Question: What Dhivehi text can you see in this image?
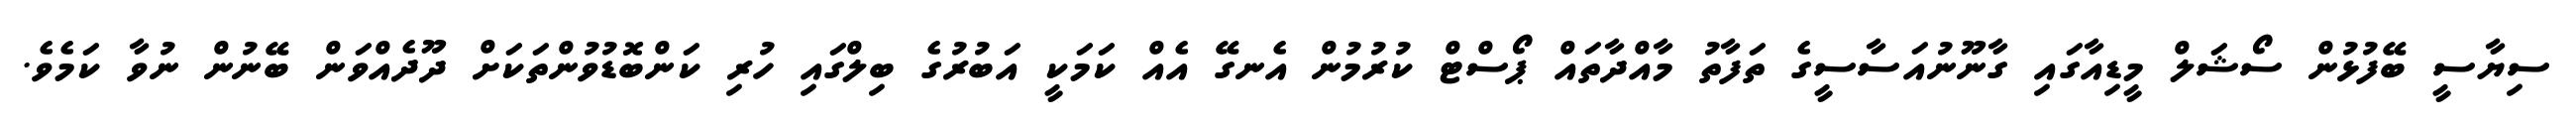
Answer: ސިޔާސީ ބޭފުޅުން ސޯޝަލް މީޑިއާގައި ގާނޫނުއަސާސީގެ ތަފާތު މާއްދާތައް ޕޯސްޓް ކުރުމުން އެނގޭ އެއް ކަމަކީ އަބުރުގެ ބިލްގައި ހުރި ކަންބޮޑުވުންތަކަށް ދޫދެއްވަން ބޭނުން ނުވާ ކަމެވެ.